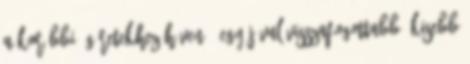
a korábbi ígéretekhez híven - egy jóval visszafogottabb, kisebb